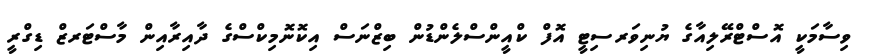
ވިސާމަކީ އޮސްޓްރޭލިއާގެ ޔުނިވަރސިޓީ އޮފް ކްއީންސްލެންޑުން ބިޒްނަސް އިކޮނޮމިކްސްގެ ދާއިރާއިން މާސްޓަރޒް ޑިގްރީ